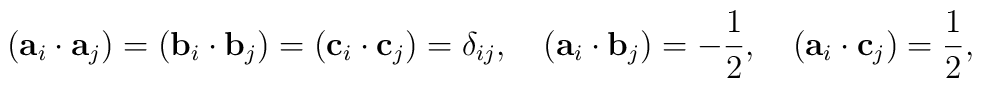
({\bf a}_i\cdot{\bf a}_j)=({\bf b}_i\cdot{\bf b}_j)=({\bf c}_i\cdot{\bf c}_j)=\delta_{ij},\quad({\bf a}_i\cdot{\bf b}_j)=-\frac{1}{2},\quad({\bf a}_i\cdot{\bf c}_j)=\frac{1}{2},\quad